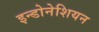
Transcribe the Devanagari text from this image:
इन्डोनेशियन